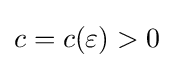
c=c(\varepsilon )>0